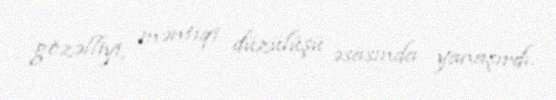
gözəlliyi, məntiqi düzülüşü əsasında yanaşırdı.